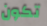
تكون